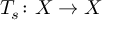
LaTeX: T _ { s } \colon X \to X